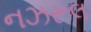
નઝરૂલ